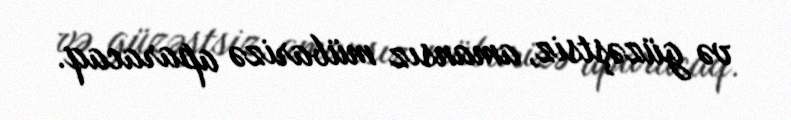
və güzəştsiz, amansız mübarizə aparacaq.